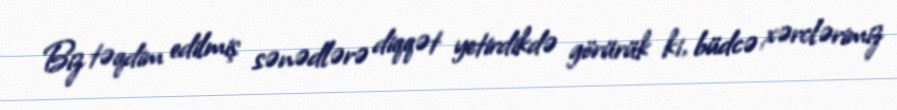
Biz təqdim edilmiş sənədlərə diqqət yetirdikdə görürük ki, büdcə xərclərimiz